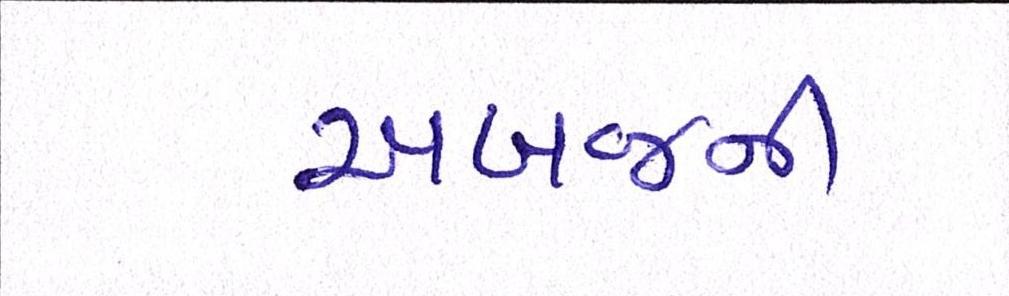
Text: અબજની